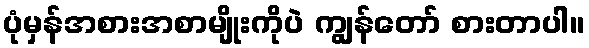
ပုံမှန်အစားအစာမျိုးကိုပဲ ကျွန်တော် စားတာပါ။